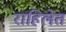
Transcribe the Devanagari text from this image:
राहिलेत